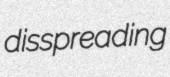
disspreading